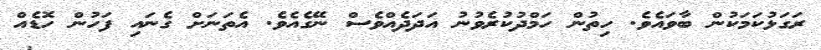
ރަގަޅުކަމަކުން ބާވައެވެ. ހިތުން ހަމްދުކުރެވުނު އަދަދެއްވެސް ނޭގެއެވެ. އެތަނަށް ގެނައި ފަހުން ހޮޑެއް